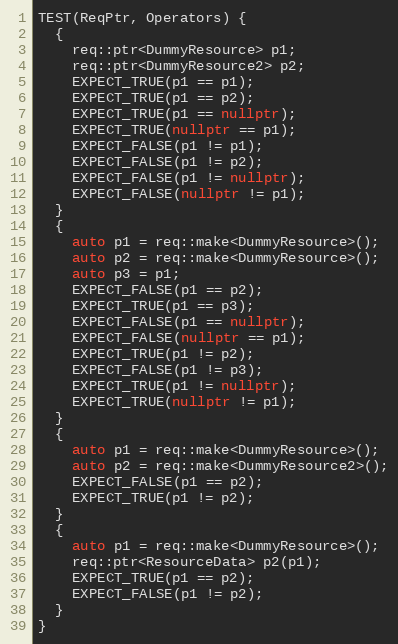
Language: C++
TEST(ReqPtr, Operators) {
  {
    req::ptr<DummyResource> p1;
    req::ptr<DummyResource2> p2;
    EXPECT_TRUE(p1 == p1);
    EXPECT_TRUE(p1 == p2);
    EXPECT_TRUE(p1 == nullptr);
    EXPECT_TRUE(nullptr == p1);
    EXPECT_FALSE(p1 != p1);
    EXPECT_FALSE(p1 != p2);
    EXPECT_FALSE(p1 != nullptr);
    EXPECT_FALSE(nullptr != p1);
  }
  {
    auto p1 = req::make<DummyResource>();
    auto p2 = req::make<DummyResource>();
    auto p3 = p1;
    EXPECT_FALSE(p1 == p2);
    EXPECT_TRUE(p1 == p3);
    EXPECT_FALSE(p1 == nullptr);
    EXPECT_FALSE(nullptr == p1);
    EXPECT_TRUE(p1 != p2);
    EXPECT_FALSE(p1 != p3);
    EXPECT_TRUE(p1 != nullptr);
    EXPECT_TRUE(nullptr != p1);
  }
  {
    auto p1 = req::make<DummyResource>();
    auto p2 = req::make<DummyResource2>();
    EXPECT_FALSE(p1 == p2);
    EXPECT_TRUE(p1 != p2);
  }
  {
    auto p1 = req::make<DummyResource>();
    req::ptr<ResourceData> p2(p1);
    EXPECT_TRUE(p1 == p2);
    EXPECT_FALSE(p1 != p2);
  }
}